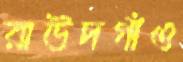
রাউদগাঁও